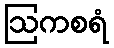
ဩကစရံ